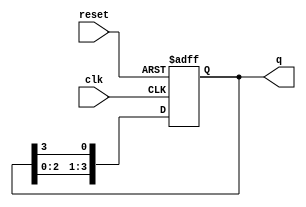
module bistable_ring_counter (
    input wire clk,          // Clock input
    input wire reset,        // Asynchronous reset input
    output reg [N-1:0] q     // Output state of the counter
);
    parameter N = 4; // Number of flip-flops (bits)

    always @(posedge clk or posedge reset) begin
        if (reset) begin
            // Initialize the counter to 1 (0001 for N=4)
            q <= 4'b0001; 
        end else begin
            // Shift the bits to the right and wrap around
            q <= {q[N-2:0], q[N-1]};
        end
    end
endmodule